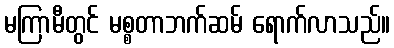
မကြာမီတွင် မစ္စတာဘက်ဆမ် ရောက်လာသည်။